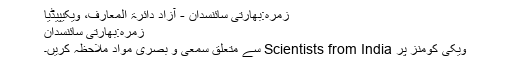
زمرہ:بھارتی سائنسدان - آزاد دائرۃ المعارف، ویکیپیڈیا
زمرہ:بھارتی سائنسدان
ویکی کومنز پر Scientists from India سے متعلق سمعی و بصری مواد ملاحظہ کریں۔